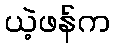
ယဲ့ဖန်က